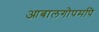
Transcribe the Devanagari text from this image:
आबालगोपमपि